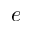
e